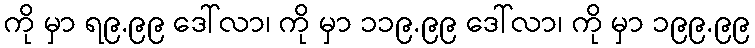
ကို မှာ ရ၉.၉၉ ဒေါ်လာ၊ ကို မှာ ၁၁၉.၉၉ ဒေါ်လာ၊ ကို မှာ ၁၉၉.၉၉